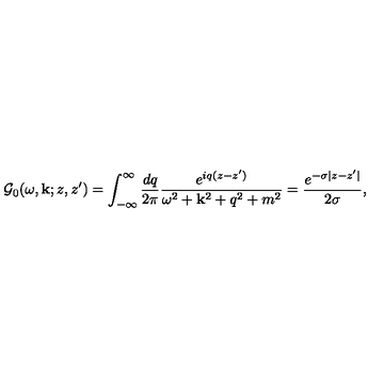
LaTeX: { \cal G } _ { 0 } ( \omega , { \bf k } ; z , z ^ { \prime } ) = \int _ { - \infty } ^ { \infty } \frac { d q } { 2 \pi } \frac { e ^ { i q ( z - z ^ { \prime } ) } } { \omega ^ { 2 } + { \bf k } ^ { 2 } + q ^ { 2 } + m ^ { 2 } } = \frac { e ^ { - \sigma | z - z ^ { \prime } | } } { 2 \sigma } ,